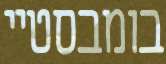
בומבסטיי